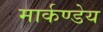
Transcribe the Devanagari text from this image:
मार्कण्‍डेय